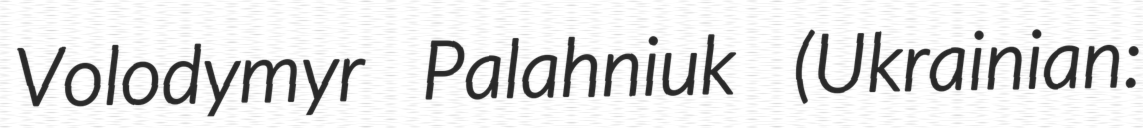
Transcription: Volodymyr Palahniuk (Ukrainian: